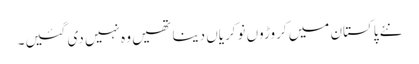
نئے پاکستان میں کروڑوں نوکریاں دینا تھیں وہ نہیں دی گئیں۔